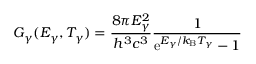
G _ { \gamma } ( E _ { \gamma } , T _ { \gamma } ) = \frac { 8 \pi E _ { \gamma } ^ { 2 } } { h ^ { 3 } c ^ { 3 } } \frac { 1 } { \mathrm { e } ^ { E _ { \gamma } / k _ { \mathrm { B } } T _ { \gamma } } - 1 }